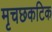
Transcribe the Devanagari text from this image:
मृचछकटिक